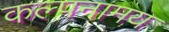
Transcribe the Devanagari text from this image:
कल्पनामय